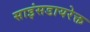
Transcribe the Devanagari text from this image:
साइंसडायरेक्त